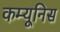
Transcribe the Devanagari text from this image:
कम्यूनिस